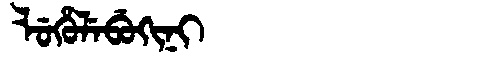
Manchu: ᠯᡠᡥᡠᠯᡝᠪᡠᡴᡳᠨᡳ
Romanization: LUHULEBUKINI